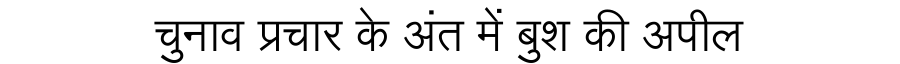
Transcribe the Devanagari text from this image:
चुनाव प्रचार के अंत में बुश की अपील